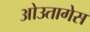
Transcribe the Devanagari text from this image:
ओउतागेस